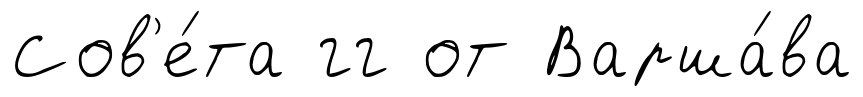
Сов'е́та гг от Варша́ва